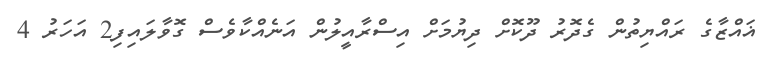
ޣައްޒާގެ ރައްޔިތުން ގެދޮރު ދޫކޮށް ދިޔުމަށް އިސްރާއީލުން އަނެއްކާވެސް ގޮވާލައިފި2 އަހަރު 4